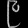
Digit: ၉